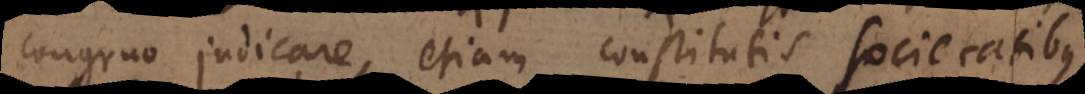
congruo judicare, etiam constitutis societatibus